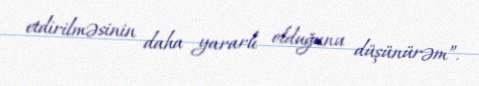
etdirilməsinin daha yararlı olduğunu düşünürəm”.